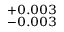
^ { + 0 . 0 0 3 } _ { - 0 . 0 0 3 }